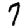
Digit: 7